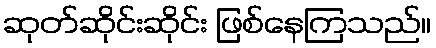
ဆုတ်ဆိုင်းဆိုင်း ဖြစ်နေကြသည်။